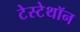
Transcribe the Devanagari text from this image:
टेस्टेथॉन